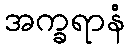
အက္ခရာနံ